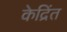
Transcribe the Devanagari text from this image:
केद्रिंत